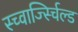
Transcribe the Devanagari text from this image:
स्च्वार्ज्स्चिल्ड